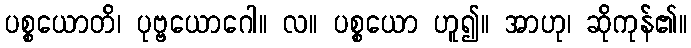
ပစ္စယောတိ၊ ပုဗ္ဗယောဂေါ။ လ။ ပစ္စယော ဟူ၍။ အာဟု၊ ဆိုကုန်၏။